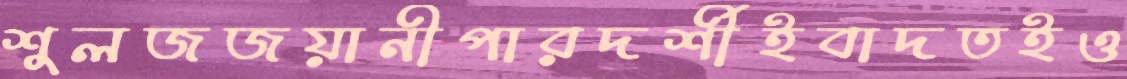
শুলজজয়ানীপারদর্শীইবাদতইও